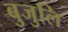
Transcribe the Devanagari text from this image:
बुजुलि